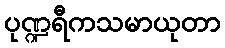
ပုဏ္ဍရီကသမာယုတာ